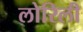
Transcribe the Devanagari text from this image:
लोरिली